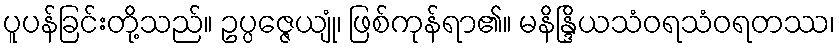
ပူပန်ခြင်းတို့သည်။ ဥပ္ပဇ္ဇေယျုံ၊ ဖြစ်ကုန်ရာ၏။ မနိန္ဒြိယသံဝရသံဝရတဿ၊